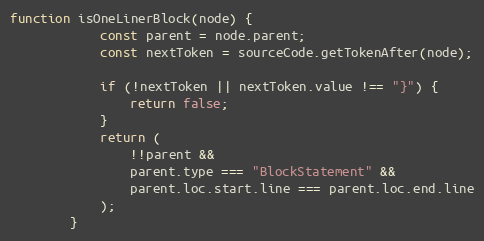
Language: JavaScript
function isOneLinerBlock(node) {
            const parent = node.parent;
            const nextToken = sourceCode.getTokenAfter(node);

            if (!nextToken || nextToken.value !== "}") {
                return false;
            }
            return (
                !!parent &&
                parent.type === "BlockStatement" &&
                parent.loc.start.line === parent.loc.end.line
            );
        }